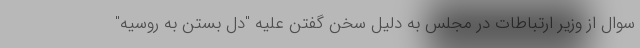
سوال از وزیر ارتباطات در مجلس به دلیل سخن گفتن علیه "دل بستن به روسیه"